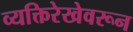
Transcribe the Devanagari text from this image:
व्यक्तिरेखेवरून